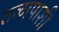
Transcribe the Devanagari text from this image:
तळापाशी